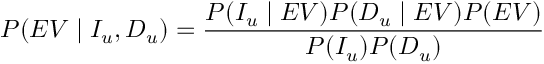
P ( E V \mid I _ { u } , D _ { u } ) = \frac { P ( I _ { u } \mid E V ) P ( D _ { u } \mid E V ) P ( E V ) } { P ( I _ { u } ) P ( D _ { u } ) }